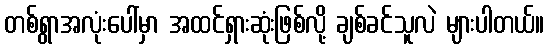
တစ်ရွာအလုံးပေါ်မှာ အထင်ရှားဆုံးဖြစ်လို့ ချစ်ခင်သူလဲ များပါတယ်။